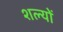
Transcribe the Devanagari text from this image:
शल्यों